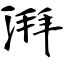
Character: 湃